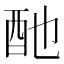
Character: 酏